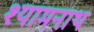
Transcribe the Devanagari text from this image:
श्यामनाथ